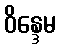
ဝိန္ဒေမ